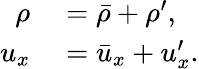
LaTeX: \begin{array}{rl}{\rho}&{{}=\bar{\rho}+\rho^{\prime},}\\ {u_{x}}&{{}=\bar{u}_{x}+u_{x}^{\prime}.}\end{array}